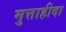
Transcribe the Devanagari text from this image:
मुत्ताहीदा